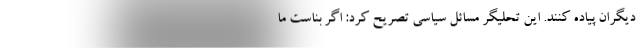
دیگران پیاده کنند. این تحلیگر مسائل سیاسی تصریح کرد: اگر بناست ما